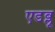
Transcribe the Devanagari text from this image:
एडब्लू